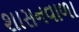
શાસનવાળા